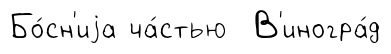
Бо́сн'иjа ча́стью В'иногра́д